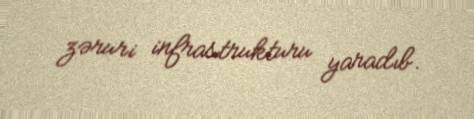
zəruri infrastrukturu yaradıb.